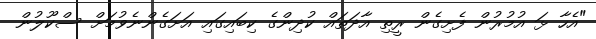
"އެހާ ޅަ އުމުރުން ފެށިގެން ރީތި އާދަތައް ކުުދިންގެ ކިބައިގައި އަށަގެންނެވުމަށް ސްކޫލުން